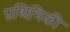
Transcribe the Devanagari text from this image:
प्रथिमिकी